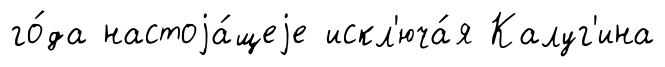
го́да настоjа́щеjе искл'юча́я Калуг'ина